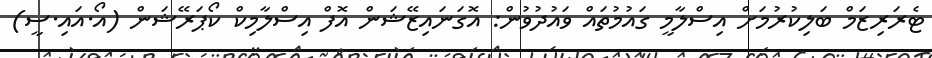
ޓެރަރިޒަމް ބަލިކުރުމަށް އިސްލާމީ ގައުމުތައް ވައުދުވުން: އޮގަނައިޒޭޝަން އޮފް އިސްލާމިކް ކޯޕަރޭޝަން (އޯ.އައި.ސީ)